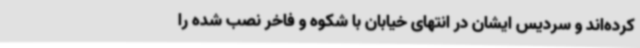
کرده‌اند و سردیس ایشان در انتهای خیابان با شکوه و فاخر نصب شده را